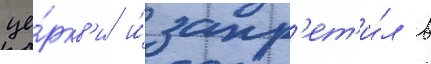
це́ркв'и и́ запр'ет'и́л в